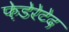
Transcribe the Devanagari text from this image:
फ़ेडेरेटेद